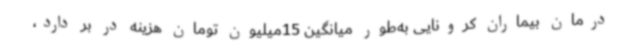
درمان بیماران کرونایی به‌طور میانگین 15میلیون تومان هزینه در بر دارد،